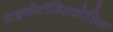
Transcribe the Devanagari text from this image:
माइकोटॉक्सिकोसिस